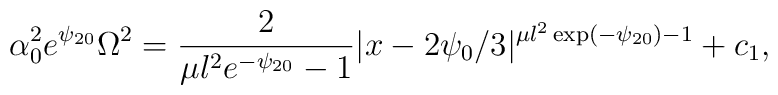
\alpha_0^2 e^{\psi_{20}} \Omega^2=\frac{2}{\mu l^2 e^{-\psi_{20}}-1}| x-2 \psi_0 /3|^{\mu l^2 \exp(-\psi_{20})-1}+c_1 ,